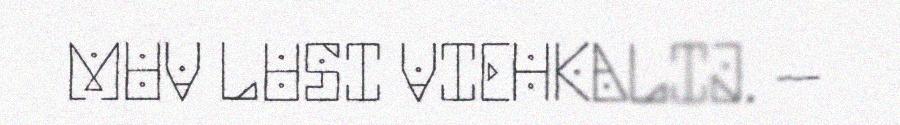
MUV LUSI VIEHKALIJ. –